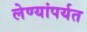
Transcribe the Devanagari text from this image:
लेण्यांपर्यत